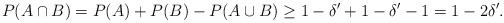
LaTeX: \begin{align*}P(A \cap B) = P(A) + P(B) - P(A \cup B) \geq 1 - \delta' + 1 - \delta' - 1 = 1 - 2\delta'.\end{align*}